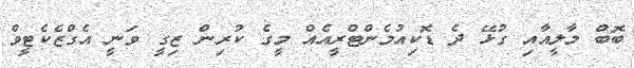
ބޮބް މާލީއާއި ގުޅޭ ދެ ޑޮކިއުމެންޓްރީއެއް މީގެ ކުރިން ޒިގީ ވަނީ އެގްޒެކެޓީވް